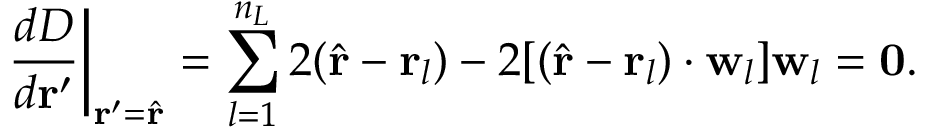
\frac { d D } { d \mathbf { r } ^ { \prime } } \biggr \rvert _ { \mathbf { r } ^ { \prime } = \hat { \mathbf { r } } } = \sum _ { l = 1 } ^ { n _ { L } } 2 ( \hat { \mathbf { r } } - \mathbf { r } _ { l } ) - 2 [ ( \hat { \mathbf { r } } - \mathbf { r } _ { l } ) \cdot \mathbf { w } _ { l } ] \mathbf { w } _ { l } = \mathbf { 0 } .